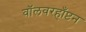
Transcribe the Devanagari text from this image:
वॉलवरहाँप्टन